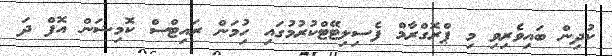
ކުދިން ބައިވެރިވި މި ޕްރޮގްރާމް ފެސިލިޓޭޓްކުރުމުގައި ހިުމަން ރައިޓްސް ކޮމިޝަން އޮފް ދަ